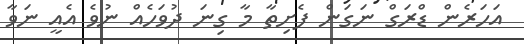
އަހަރެން ޑްރަގް ނަގަން ފެށިތާ މާ ގިނަ ދުވަހެއް ނުވެ އެއީ ނަވާ